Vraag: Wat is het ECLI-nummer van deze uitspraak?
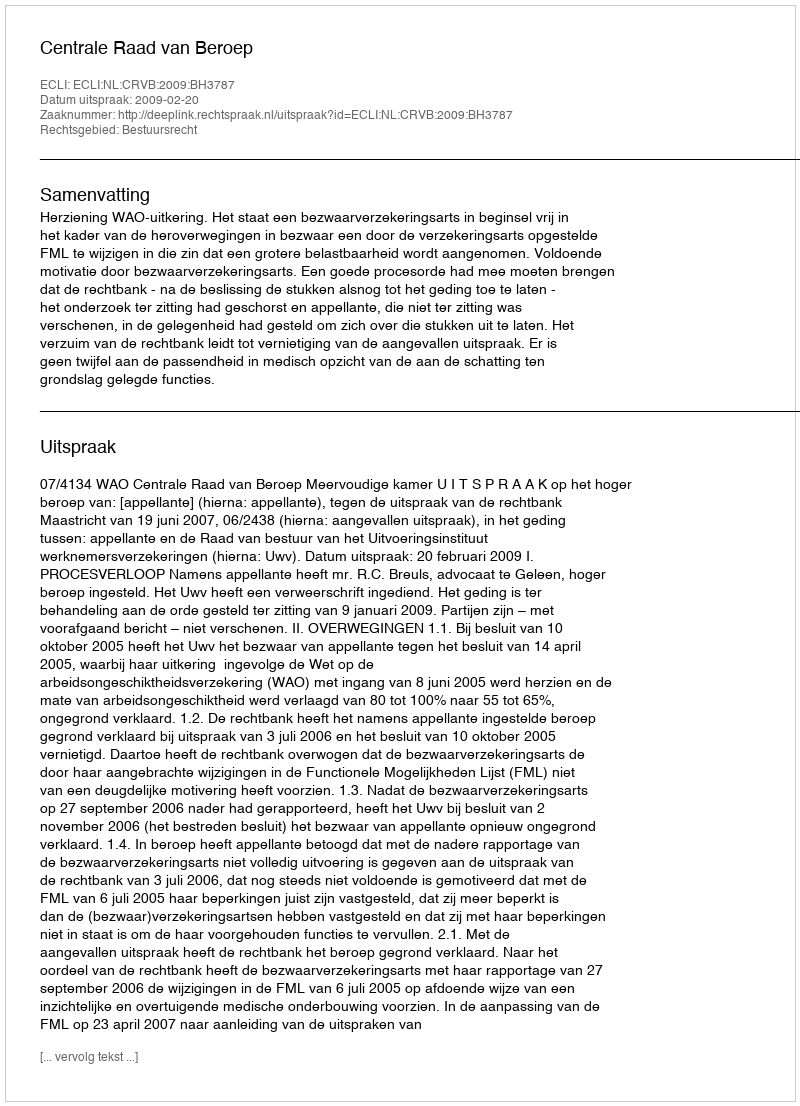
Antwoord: ECLI:NL:CRVB:2009:BH3787